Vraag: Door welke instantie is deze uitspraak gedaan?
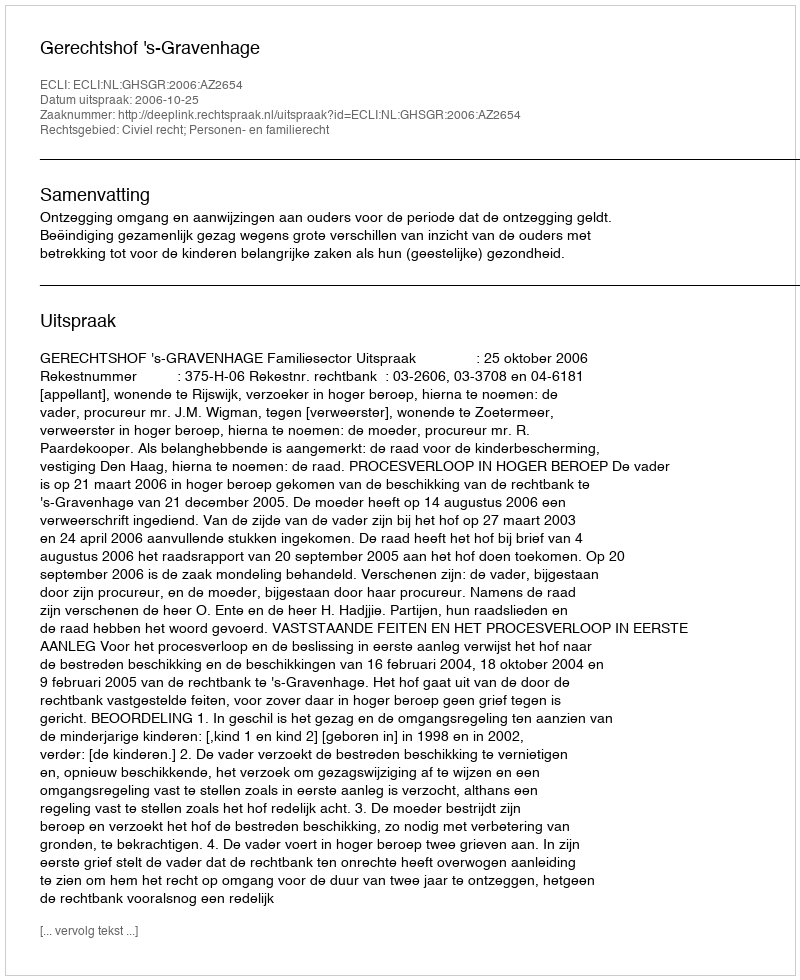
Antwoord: Gerechtshof 's-Gravenhage